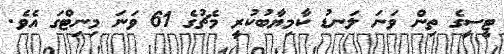
ޓީސީގެ ތިން ވަނަ ލަނޑު ކާމިޔާބުކުރީ މެޗުގެ 61 ވަނަ މިނިޓްގަ އެވެ.